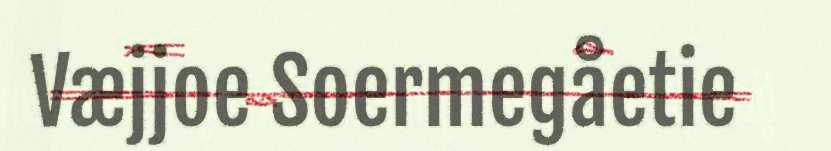
Væjjoe Soermegåetie